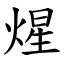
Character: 煋